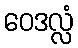
ဝေဒလ္လံ